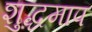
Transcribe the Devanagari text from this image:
शुद्धमाप